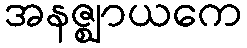
အနဇ္ဈာယကေ